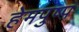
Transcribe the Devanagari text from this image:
हेमपुष्प